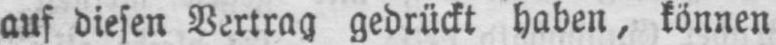
auf diesen Vertrag gedrückt haben, können